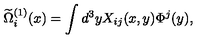
\widetilde { \Omega } _ { i } ^ { ( 1 ) } ( x ) = \int d ^ { 3 } y X _ { i j } ( x , y ) \Phi ^ { j } ( y ) ,